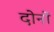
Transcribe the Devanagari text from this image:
दोनों